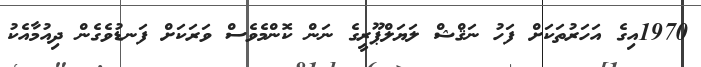
1970އިގެ އަހަރުތަކަށް ފަހު ނަޤްޝް ލަޔަލްޕޫރީގެ ނަން ކޮންމެވެސް ވަރަކަށް ފަނޑުވެގެން ދިއުމާއެކު